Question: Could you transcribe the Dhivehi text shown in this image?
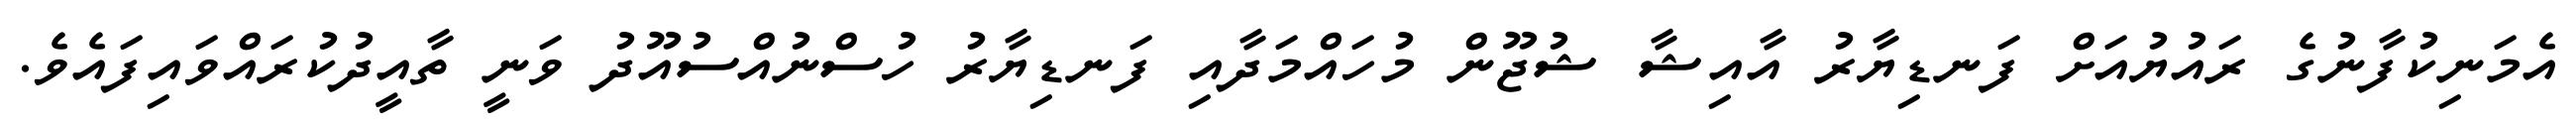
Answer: އެމަނިކުފާނުގެ ރައުޔުއަށް ފަނޑިޔާރު އާއިޝާ ޝުޖޫން މުހައްމަދާއި ފަނޑިޔާރު ހުސްނުއްސުއޫދު ވަނީ ތާއީދުކުރައްވައިފައެވެ.